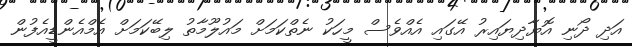
އަދި ދޯނި އޮޔާދިޔައިރު އޭގައި އެއްވެސް މީހަކު ނެތްކަމަށް މައުލޫމާތު ލިބޭކަމަށް އެމްއެންޑީއެފުން